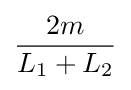
{\frac {2m}{L_{1}+L_{2}}}